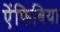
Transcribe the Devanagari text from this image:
ऐंफिबिया